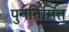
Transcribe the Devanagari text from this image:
पुननिर्मित